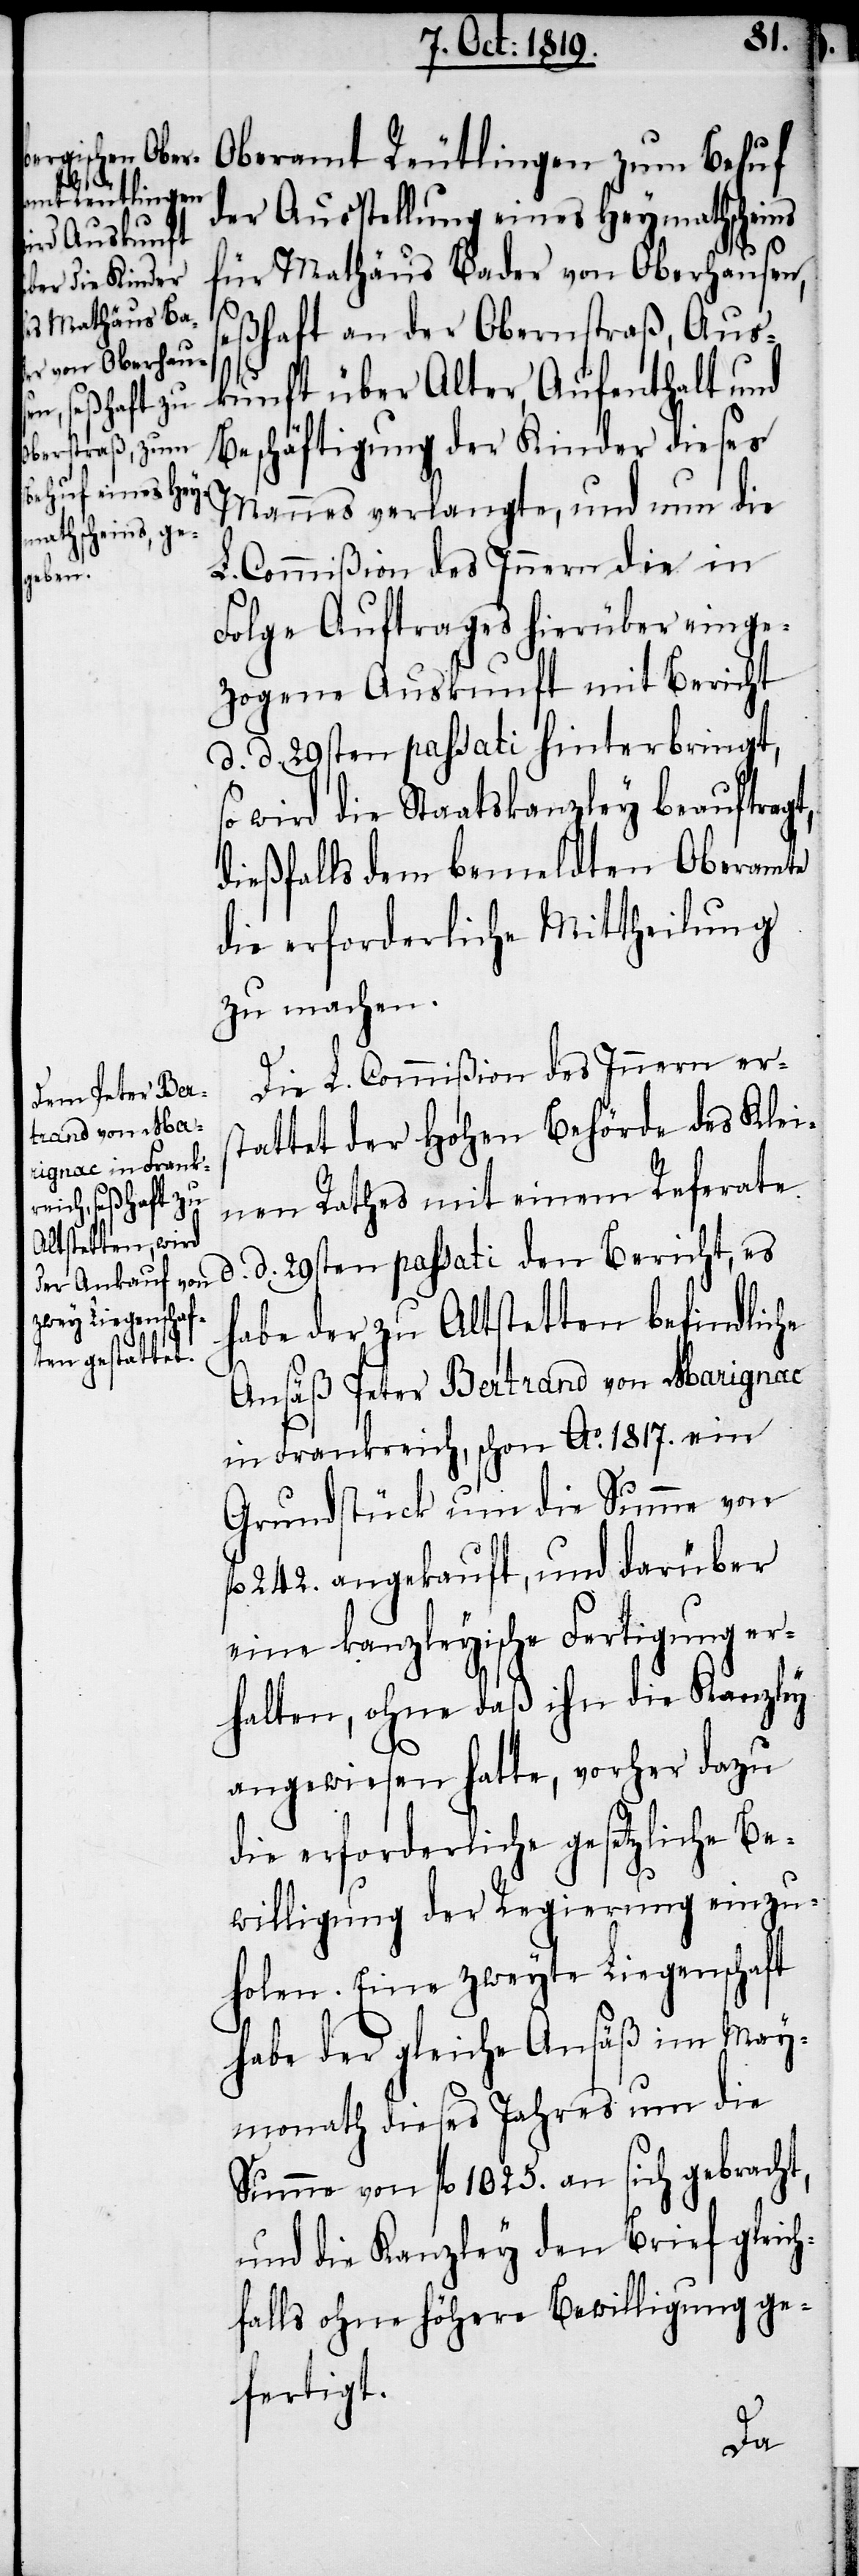
Oberamt Reutlingen zum Behuf
der Ausstellung eines Heymathscheins
für Mathäus Bader von Oberhausen,
seßhaft an der Obernstraß, Aus¬
kunft über Alter, Aufenthalt und
Beschäftigung der Kinder dieses
Mannes verlangte, und nun die
L. Commißion des Innern die in
Folge Auftrages hierüber einge¬
zogene Auskunft mit Bericht
d. d. 29sten passati hinterbringt,
so wird die Staatskanzley beauftragt,
dießfalls dem bemeldten Oberamte
die erforderliche Mittheilung
zu machen.
Die L. Commißion des Innern ers¬
tattet der hohen Behörde des Klei¬
nen Rathes mit einem Referate
d. d. 29sten passati den Bericht, es
habe der zu Altstetten befindliche
Ansäß Peter Bertrand von Marignac
in Frankreich, schon Ao. 1817. ein
Grundstück um die Summe von
242. angekauft, und darüber
eine kanzleyische Fertigung er¬
halten, ohne daß ihn die Kanzley
angewiesen hatte, vorher dazu
die erforderliche gesetzliche Be¬
willigung der Regierung einzu¬
holen. Eine zweyte Liegenschaft
habe der gleiche Ansäß im May¬
monath dieses Jahres um die
Summe von fl. 1025. an sich gebracht,
und die Kanzley den Brief gleich¬
falls ohne höhere Bewilligung ge¬
fertigt.